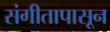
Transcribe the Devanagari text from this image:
संगीतापासून